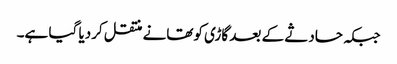
جبکہ حادثے کے بعد گاڑی کوتھانے منتقل کردیا گیا ہے۔